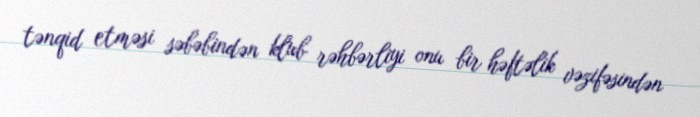
tənqid etməsi səbəbindən klub rəhbərliyi onu bir həftəlik vəzifəsindən